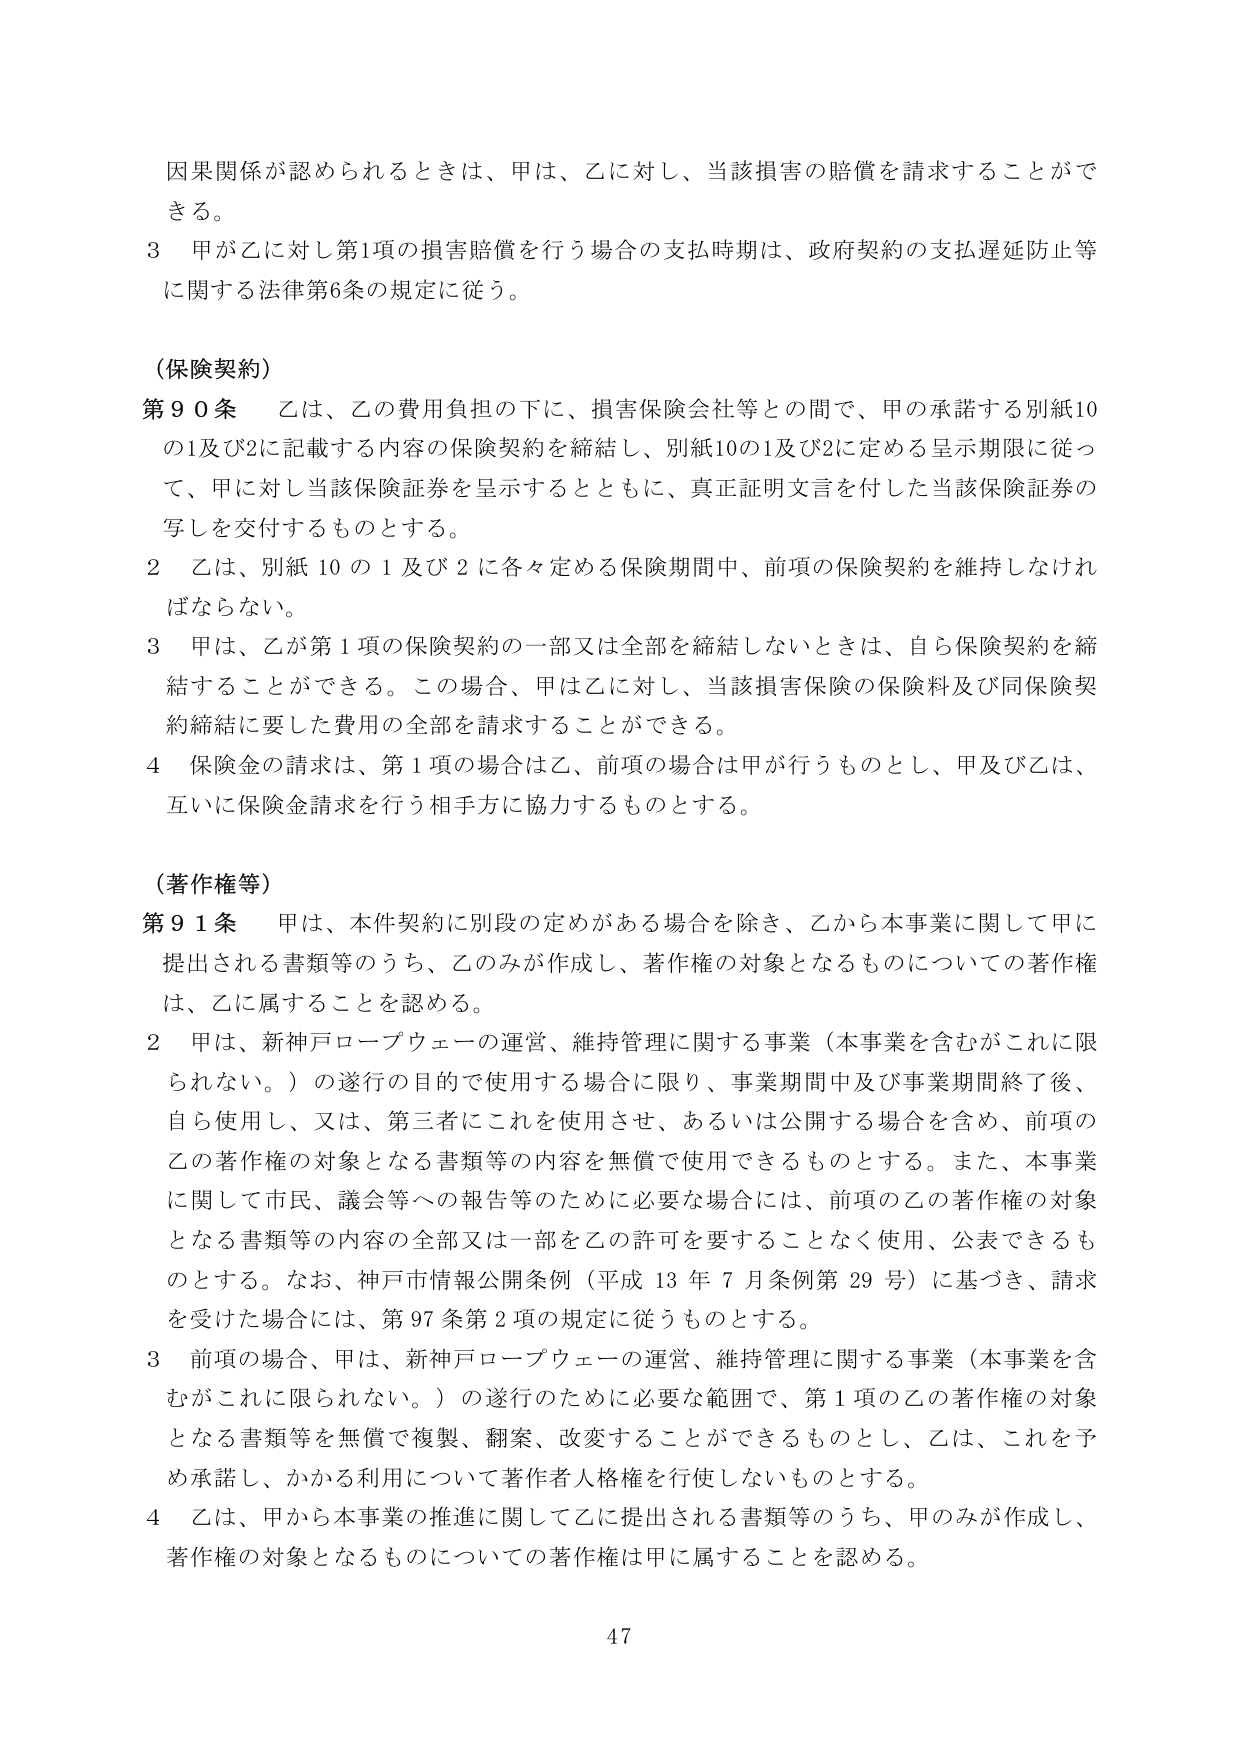
因果関係が認められるときは、甲は、乙に対し、当該損害の賠償を請求することができる。

3 甲が乙に対し第1項の損害賠償を行う場合の支払時期は、政府契約の支払遅延防止等に関する法律第6条の規定に従う。

（保険契約）

第90条 乙は、乙の費用負担の下に、損害保険会社等との間で、甲の承諾する別紙10の1及び2に記載する内容の保険契約を締結し、別紙10の1及び2に定める呈示期限に従って、甲に対し当該保険証券を呈示するとともに、真正証明文言を付した当該保険証券の写しを交付するものとする。

2 乙は、別紙10の1及び2に各々定める保険期間中、前項の保険契約を維持しなければならない。

3 甲は、乙が第1項の保険契約の一部又は全部を締結しないときは、自ら保険契約を締結することができる。この場合、甲は乙に対し、当該損害保険の保険料及び同保険契約締結に要した費用の全部を請求することができる。

4 保険金の請求は、第1項の場合は乙、前項の場合は甲が行うものとし、甲及び乙は、互いに保険金請求を行う相手方に協力するものとする。

（著作権等）

第91条 甲は、本件契約に別段の定めがある場合を除き、乙から本事業に関して甲に提出される書類等のうち、乙のみが作成し、著作権の対象となるものについての著作権は、乙に属することを認める。

2 甲は、新神戸ロープウェーの運営、維持管理に関する事業（本事業を含むがこれに限られない。）の遂行の目的で使用する場合に限り、事業期間中及び事業期間終了後、自ら使用し、又は、第三者にこれを使用させ、あるいは公開する場合を含め、前項の乙の著作権の対象となる書類等の内容を無償で使用できるものとする。また、本事業に関して市民、議会等への報告等のために必要な場合には、前項の乙の著作権の対象となる書類等の内容の全部又は一部を乙の許可を要することなく使用、公表できるものとする。なお、神戸市情報公開条例（平成13年7月条例第29号）に基づき、請求を受けた場合には、第97条第2項の規定に従うものとする。

3 前項の場合、甲は、新神戸ロープウェーの運営、維持管理に関する事業（本事業を含むがこれに限られない。）の遂行のために必要な範囲で、第1項の乙の著作権の対象となる書類等を無償で複製、翻案、改変することができるものとし、乙は、これを予め承諾し、かかる利用について著作人格権を行使しないものとする。

4 乙は、甲から本事業の推進に関して乙に提出される書類等のうち、甲のみが作成し、著作権の対象となるものについての著作権は甲に属することを認める。

47